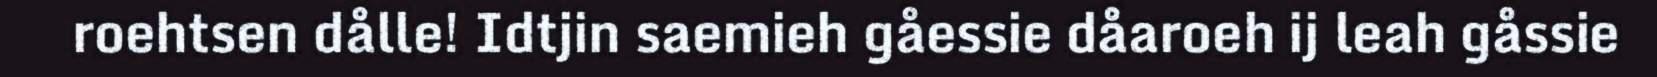
roehtsen dålle! Idtjin saemieh gåessie dåaroeh ij leah gåssie